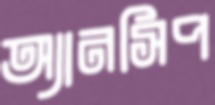
অ্যানসিপ